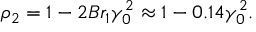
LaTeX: \rho _ { 2 } = 1 - 2 B r _ { 1 } \gamma _ { 0 } ^ { 2 } \approx 1 - 0 . 1 4 \gamma _ { 0 } ^ { 2 } .